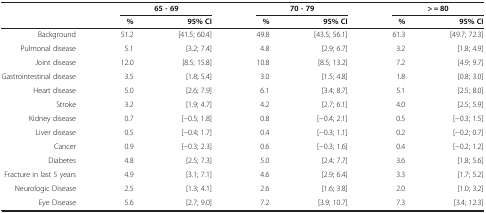
|  | <COLSPAN=2> 65 - 69 | <COLSPAN=2> 70 - 79 | <COLSPAN=2> > = 80 |
 |  | % | 95% CI | % | 95% CI | % | 95% CI |
 | --- | --- | --- | --- | --- | --- | --- |
 | Background | 51.2 | [41.5; 60.4] | 49.8 | [43.5; 56.1] | 61.3 | [49.7; 72.3] |
 | Pulmonal disease | 5.1 | [3.2; 7.4] | 4.8 | [2.9; 6.7] | 3.2 | [1.8; 4.9] |
 | Joint disease | 12.0 | [8.5; 15.8] | 10.8 | [8.5; 13.2] | 7.2 | [4.9; 9.7] |
 | Gastrointestinal disease | 3.5 | [1.8; 5.4] | 3.0 | [1.5; 4.8] | 1.8 | [0.8; 3.0] |
 | Heart disease | 5.0 | [2.6; 7.9] | 6.1 | [3.4; 8.7] | 5.1 | [2.5; 8.0] |
 | Stroke | 3.2 | [1.9; 4.7] | 4.2 | [2.7; 6.1] | 4.0 | [2.5; 5.9] |
 | Kidney disease | 0.7 | [−0.5; 1.8] | 0.8 | [−0.4; 2.1] | 0.5 | [−0.3; 1.5] |
 | Liver disease | 0.5 | [−0.4; 1.7] | 0.4 | [−0.3; 1.1] | 0.2 | [−0.2; 0.7] |
 | Cancer | 0.9 | [−0.3; 2.3] | 0.6 | [−0.3; 1.6] | 0.4 | [−0.2; 1.2] |
 | Diabetes | 4.8 | [2.5; 7.3] | 5.0 | [2.4; 7.7] | 3.6 | [1.8; 5.6] |
 | Fracture in last 5 years | 4.9 | [3.1; 7.1] | 4.6 | [2.9; 6.4] | 3.3 | [1.7; 5.2] |
 | Neurologic Disease | 2.5 | [1.3; 4.1] | 2.6 | [1.6; 3.8] | 2.0 | [1.0; 3.2] |
 | Eye Disease | 5.6 | [2.7; 9.0] | 7.2 | [3.9; 10.7] | 7.3 | [3.4; 12.3] |